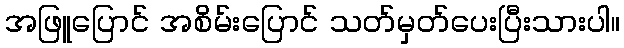
အဖြူပြောင် အစိမ်းပြောင် သတ်မှတ်ပေးပြီးသားပါ။